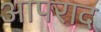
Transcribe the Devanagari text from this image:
आपराद